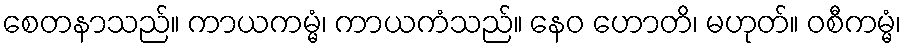
စေတနာသည်။ ကာယကမ္မံ၊ ကာယကံသည်။ နေဝ ဟောတိ၊ မဟုတ်။ ဝစီကမ္မံ၊